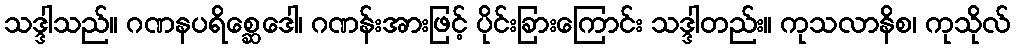
သဒ္ဒါသည်။ ဂဏနပရိစ္ဆေဒေါ၊ ဂဏန်းအားဖြင့် ပိုင်းခြားကြောင်း သဒ္ဒါတည်း။ ကုသလာနိစ၊ ကုသိုလ်